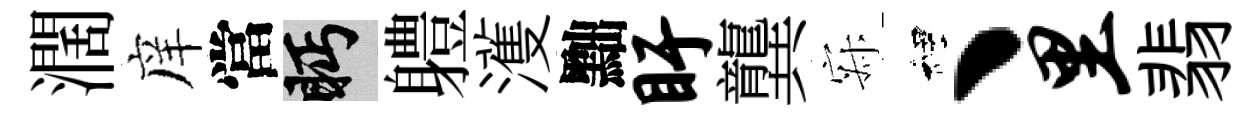
濶庠當眄軆濩黜盱龔寂裡丶里翡